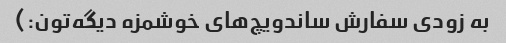
به زودی سفارش ساندویچ‌های خوشمزه دیگه‌تون:)